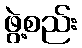
ဖွဲ့စည်း